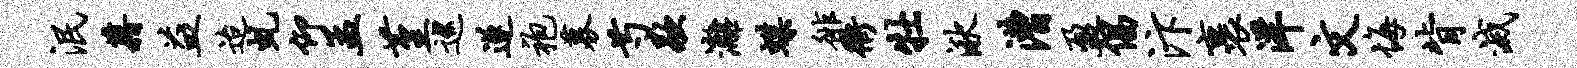
泯藉益迨虬仰孟堇巡遂袍募芍歇漓蝶徘衢牡湫漕盈倡汴裹洋文悔背灭